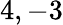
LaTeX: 4,-3